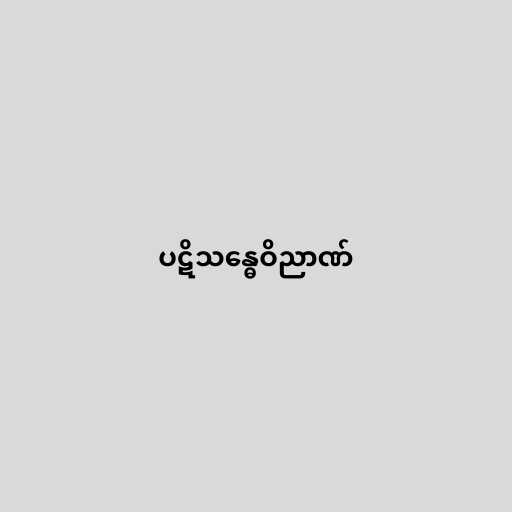
ပဋိသန္ဓေဝိညာဏ်